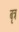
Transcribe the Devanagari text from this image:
बृत्र